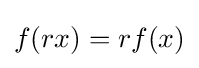
f(rx)=rf(x)